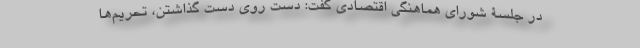
در جلسۀ شورای هماهنگی اقتصادی گفت: دست‌ روی‌ دست گذاشتن، تحریم‌ها